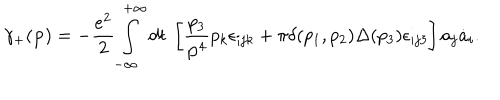
\gamma _ { + } ( { \bf p } ) = - \frac { e ^ { 2 } } { 2 } \int _ { - \infty } ^ { + \infty } d t ~ \left[ \frac { p _ { 3 } } { { \bf p } ^ { 4 } } p _ { k } \epsilon _ { i j k } + \pi \delta ( p _ { 1 } , p _ { 2 } ) \Delta ( p _ { 3 } ) \epsilon _ { i j 3 } \right] a _ { j } \dot { a } _ { i } .